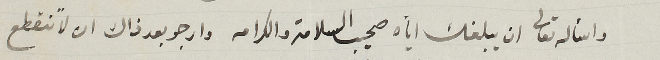
واسأله تعالى ان يبلغك ايات صحيب السلامه والكرامه وارجو بعد ذاك ان تنقطع